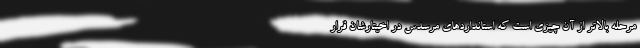
مرحله بالاتر از آن چیزی است که استانداردهای مرسدس در اخیتارشان قرار